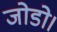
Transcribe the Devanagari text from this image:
जोडो।